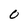
Character: 0